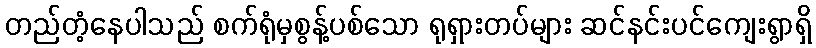
တည်တံ့နေပါသည် စက်ရုံမှစွန့်ပစ်သော ရုရှားတပ်များ ဆင်နင်းပင်ကျေးရွာရှိ